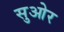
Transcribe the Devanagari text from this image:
सुओर